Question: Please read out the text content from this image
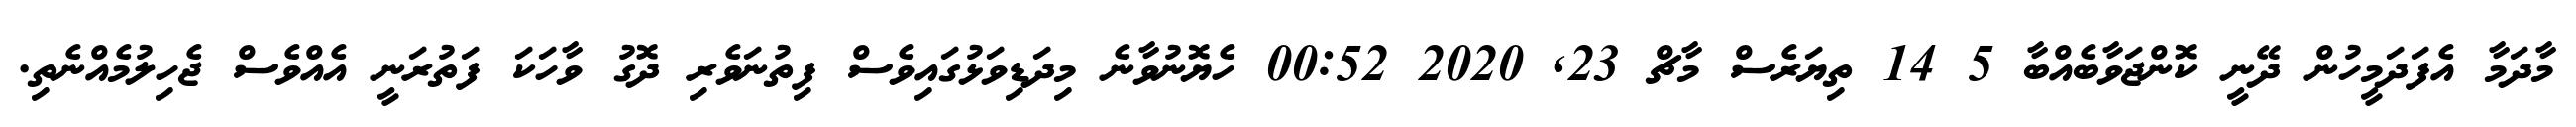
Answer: މާދަމާ އެފަދަމީހުން ދޭނީ ކޮންޖަވާބެއްބާ 5 14 ތިޔަރެސް މާޗް 23, 2020 00:52 ހެޔޮނުވާނެ މިދަޑިވަޅުގައިވެސް ފިތުނަވެރި ދޮގު ވާހަކަ ފަތުރަނީ އެއްވެސް ޖެހިލުމެއްނެތި.